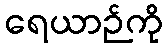
ရေယာဉ်ကို